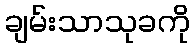
ချမ်းသာသုခကို